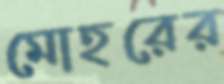
মোহরের